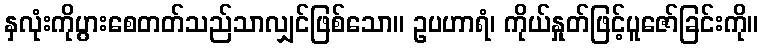
နှလုံးကိုပွားစေတတ်သည်သာလျှင်ဖြစ်သော။ ဥပဟာရံ၊ ကိုယ်နှုတ်ဖြင့်ပူဇော်ခြင်းကို။